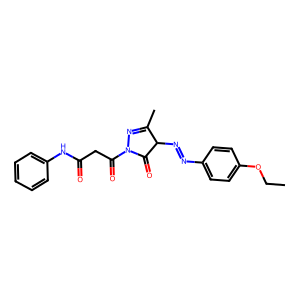
SMILES: CCOc1ccc(N=NC2C(=O)N(C(=O)CC(=O)Nc3ccccc3)N=C2C)cc1
Inhibits HIV replication: No